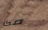
مكان